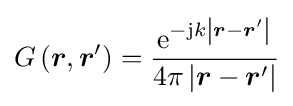
G\left({\boldsymbol {r}},{\boldsymbol {r}}'\right)={\frac {\mathrm {e} ^{-\mathrm {j} k\left|{\boldsymbol {r}}-{\boldsymbol {r}}'\right|}}{4\pi \left|{\boldsymbol {r}}-{\boldsymbol {r}}'\right|}}